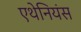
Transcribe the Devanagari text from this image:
एथेनियंस